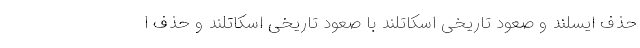
حذف ایسلند و صعود تاریخی اسکاتلند با صعود تاریخی اسکاتلند و حذف ا